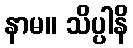
နာမ။ သိပ္ပါနိ